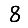
Digit: 8